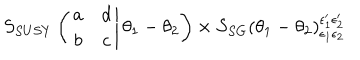
LaTeX: S _ { S U S Y } \left( \left. \begin{array} { c c } { { a } } & { { d } } \\ { { b } } & { { c } } \\ \end{array} \right| \theta _ { 1 } - \theta _ { 2 } \right) \times S _ { S G } \left( \theta _ { 1 } - \theta _ { 2 } \right) _ { \epsilon _ { 1 } \epsilon _ { 2 } } ^ { \epsilon _ { 1 } ^ { \prime } \epsilon _ { 2 } ^ { \prime } }